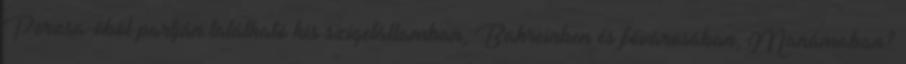
Perzsa-öböl partján található kis szigetállamban, Bahreinben és fővárosában, Manámaban?